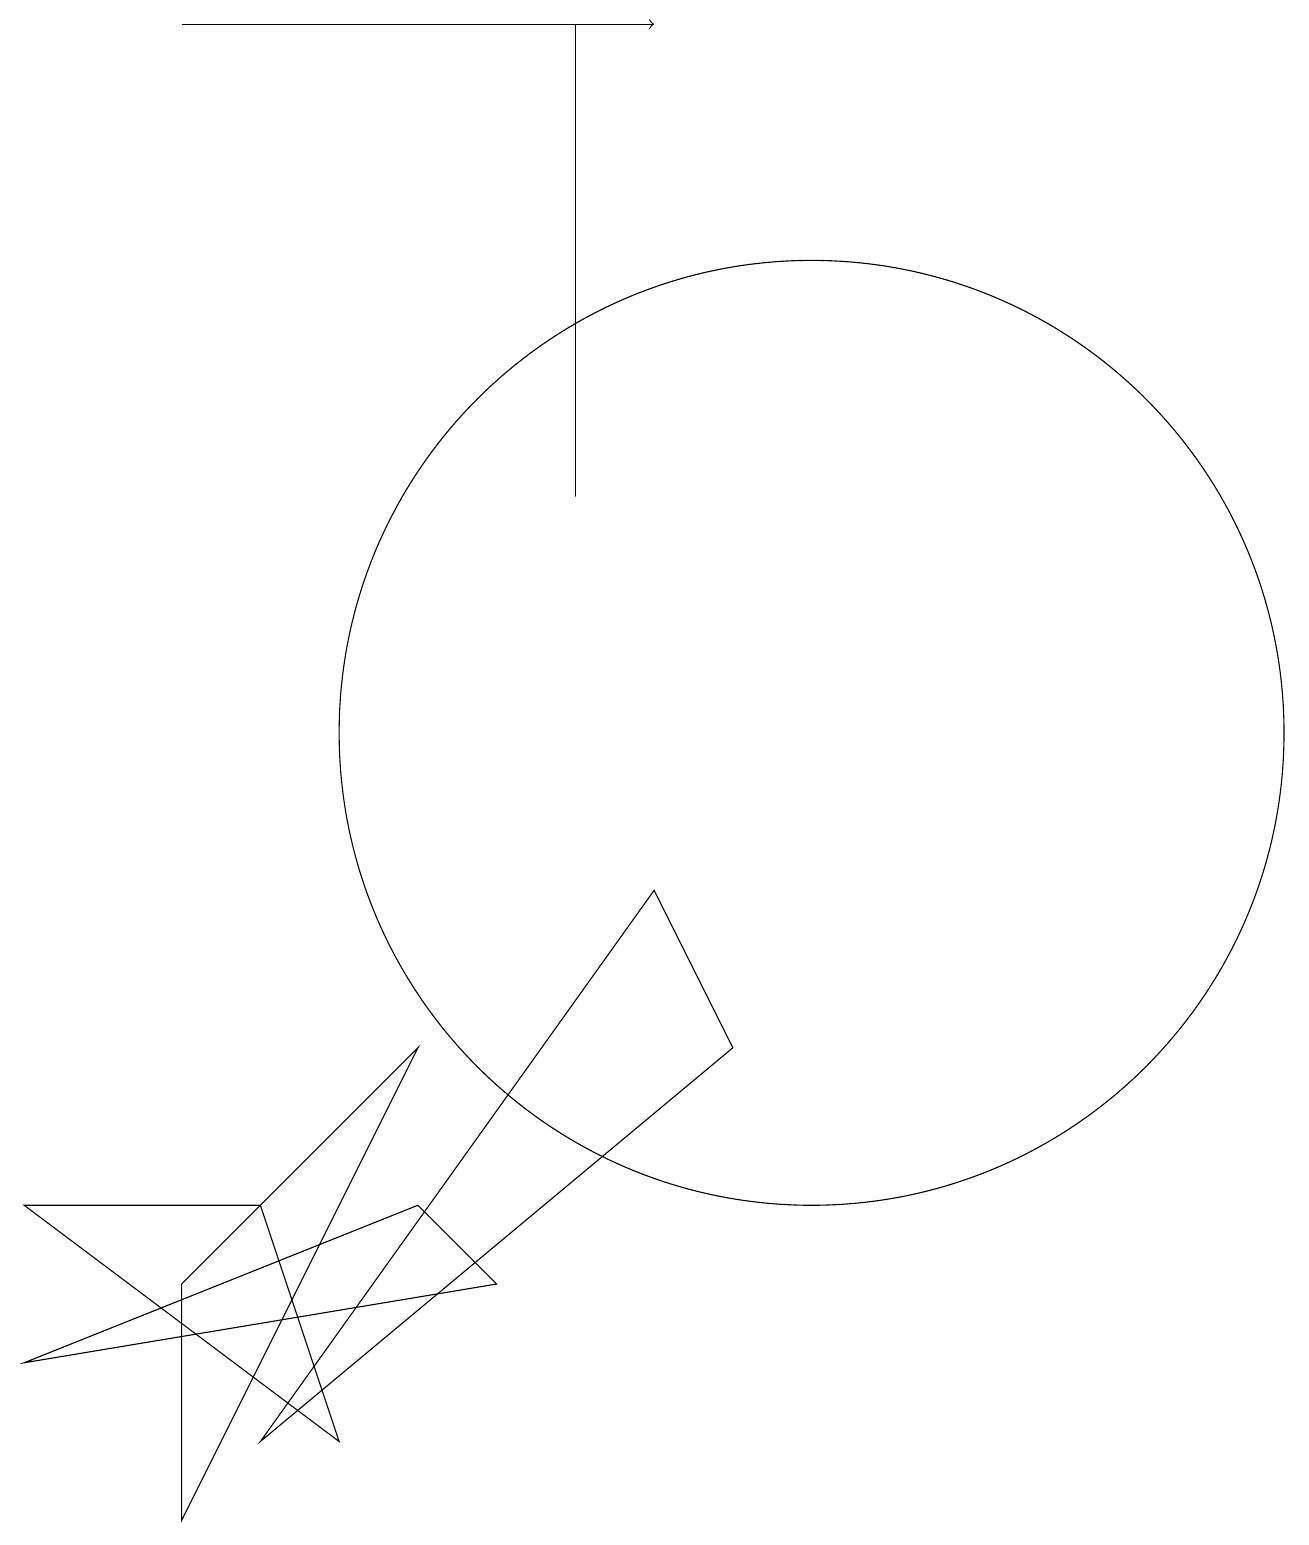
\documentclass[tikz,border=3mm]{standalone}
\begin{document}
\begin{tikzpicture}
\draw[->] (2,19) -- (8,19);
\draw (10,10) circle (6);
\draw (7,13) rectangle (7,19);
\draw (2,3) -- (2,0) -- (5,6) -- cycle;
\draw (3,4) -- (4,1) -- (0,4) -- cycle;
\draw (6,3) -- (0,2) -- (5,4) -- cycle;
\draw (9,6) -- (8,8) -- (3,1) -- cycle;
\draw (10,12) circle (0);
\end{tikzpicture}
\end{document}